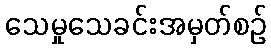
သေမှုသေခင်းအမှတ်စဉ်